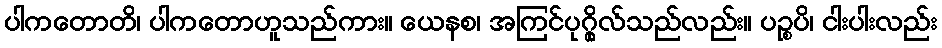
ပါကတောတိ၊ ပါကတောဟူသည်ကား။ ယေနစ၊ အကြင်ပုဂ္ဂိုလ်သည်လည်း။ ပဉ္စပိ၊ ငါးပါးလည်း